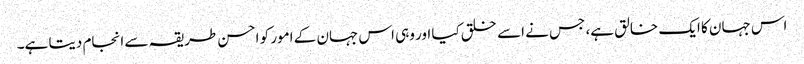
اس جہان کا ایک خالق ہے، جس نے اسے خلق کیا اور وہی اس جہان کے امور کو احسن طریقہ سے انجام دیتا ہے۔